Punjab Mental Hospital Lahore 1922-31 - 1922-1931
Year: 1922
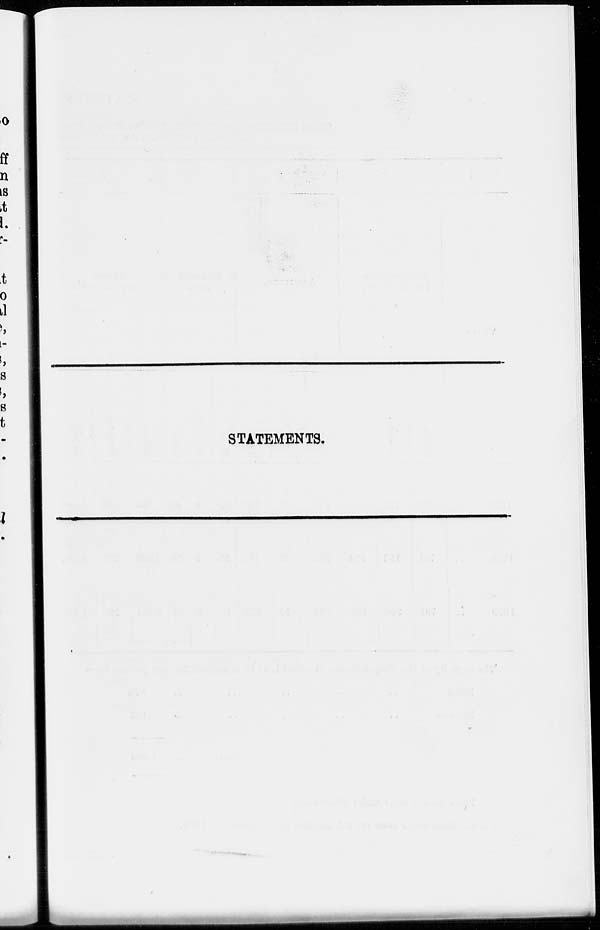
STATEMENTS.